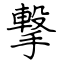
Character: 撃